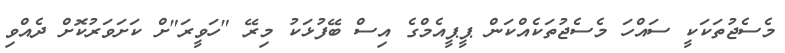
މެސެޖުތަކަކީ ސައްހަ މެސެޖުތަކެއްކަން ޕީޕީއެމްގެ އިސް ބޭފުޅަކު މިރޭ "ހަވީރަ"ށް ކަށަވަރުކޮށް ދެއްވި